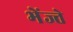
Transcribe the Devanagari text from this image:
भेंज्ते